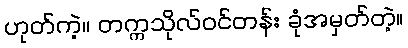
ဟုတ်ကဲ့။ တက္ကသိုလ်ဝင်တန်း ခုံအမှတ်တဲ့။